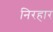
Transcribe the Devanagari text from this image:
निरहार